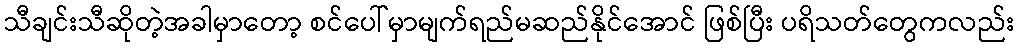
သီချင်းသီဆိုတဲ့အခါမှာတော့ စင်ပေါ်မှာမျက်ရည်မဆည်နိုင်အောင် ဖြစ်ပြီး ပရိသတ်တွေကလည်း